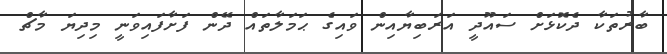
ބާރުތަކާ ދެކޮޅަށް ސައޫދީ އަރަބިޔާއިން ވައިގެ ޙަމަލާތައް ދޭން ފަށާފައިވަނީ މިދިޔަ މާޗް